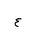
Letter: _ayn